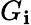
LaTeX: G_{\mathbf{i}}